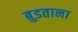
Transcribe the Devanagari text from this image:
बुडताना